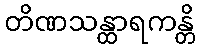
တိဏသန္ထာရကန္တိ